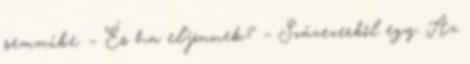
semmibe. – És ha eljönnek? – Százezerből egy. Az